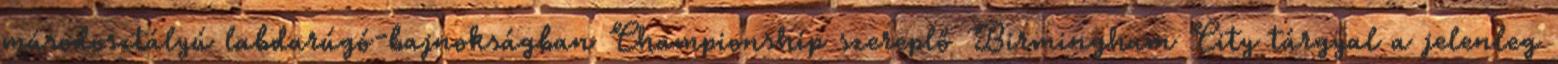
másodosztályú labdarúgó-bajnokságban Championship szereplő Birmingham City tárgyal a jelenleg